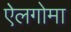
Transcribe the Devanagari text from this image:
ऐलगोमा